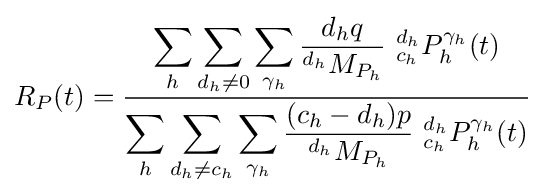
R_{P}(t)={\frac {\displaystyle \sum _{h}\sum _{d_{h}\neq 0}\sum _{\gamma _{h}}{\frac {d_{h}q}{^{d_{h}}M_{P_{h}}}}\ {^{d_{h}}_{c_{h}}}P_{h}^{\gamma _{h}}(t)}{\displaystyle \sum _{h}\sum _{d_{h}\neq c_{h}}\sum _{\gamma _{h}}{\frac {(c_{h}-d_{h})p}{^{d_{h}}M_{P_{h}}}}\ {^{d_{h}}_{c_{h}}}P_{h}^{\gamma _{h}}(t)}}